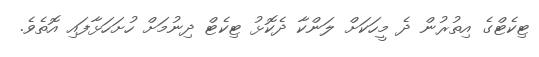
ޓިކެޓްގެ އިތުރުން ދެ މީހަކަށް ލަންކާ ދެކޮޅު ޓިކެޓް ދިނުމަށް ހުށަހަޅާފައި އޮތެވެ.